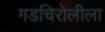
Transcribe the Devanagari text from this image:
गडचिरोलीला